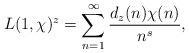
LaTeX: \begin{align*}L(1,\chi)^z = \sum_{n=1}^\infty \frac{d_z(n)\chi(n)}{n^s},\end{align*}